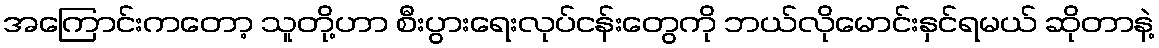
အကြောင်းကတော့ သူတို့ဟာ စီးပွားရေးလုပ်ငန်းတွေကို ဘယ်လိုမောင်းနှင်ရမယ် ဆိုတာနဲ့